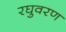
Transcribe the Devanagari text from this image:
रघुवरण